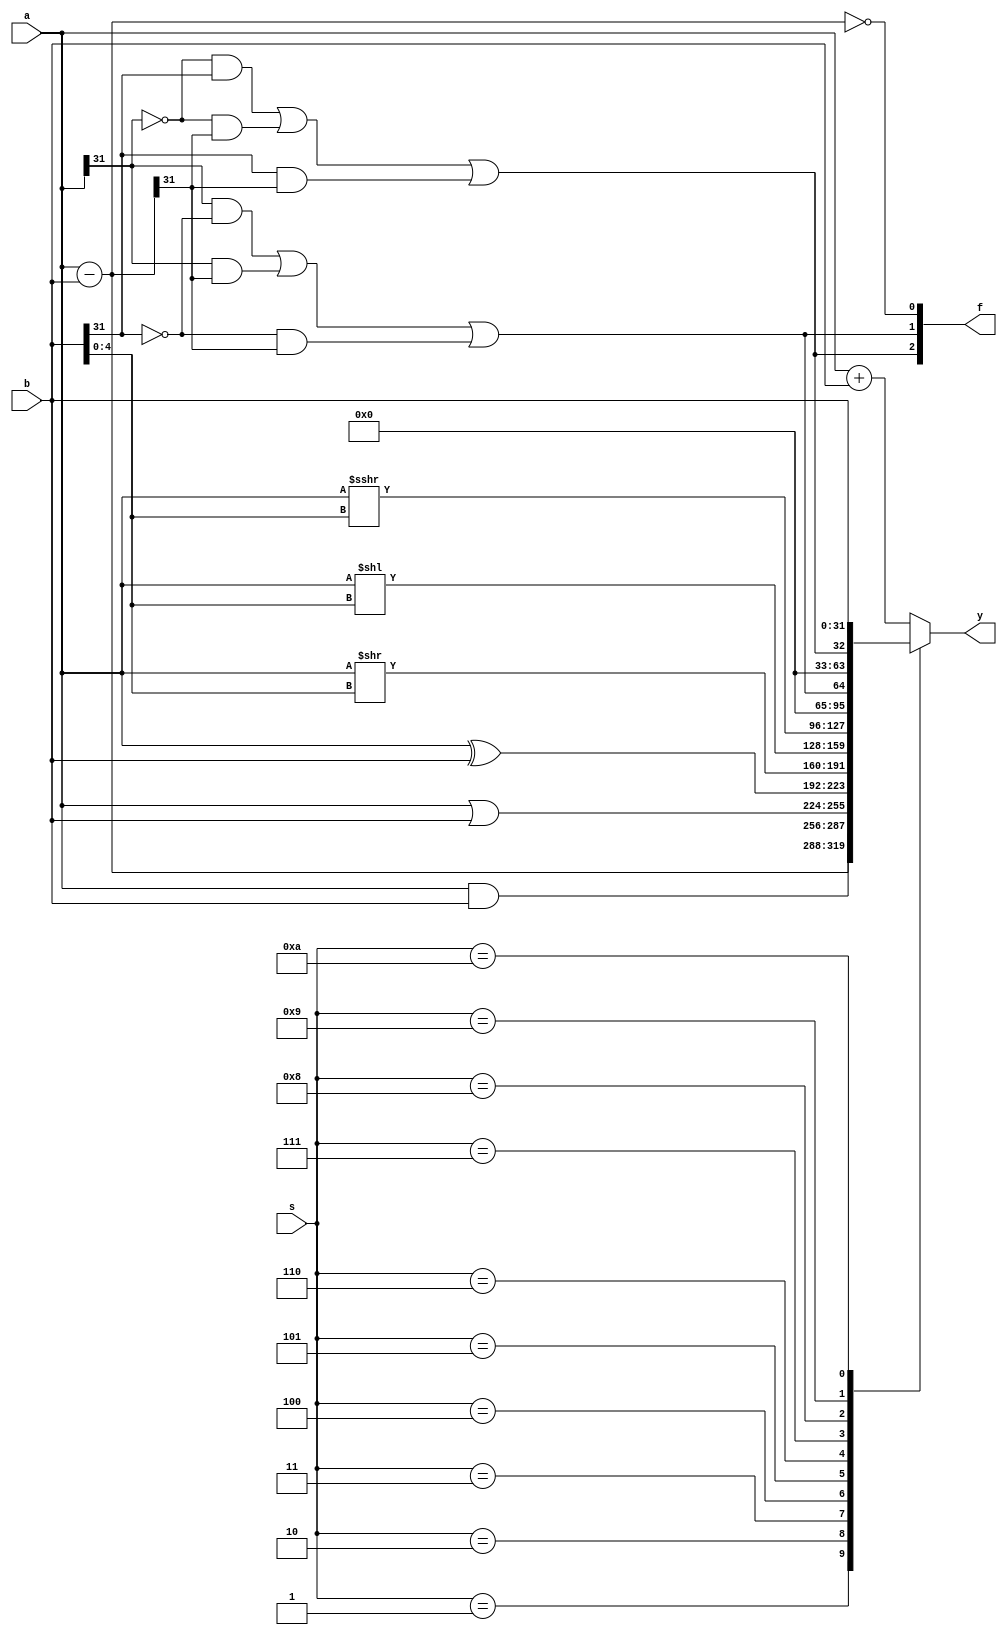
module alu #(
        parameter AW = 5,
        parameter DW = 32)
    (input [DW - 1: 0] a,
     input [DW - 1: 0] b,       // 
     input [3: 0] s,            // 
     output reg [DW - 1: 0] y,  // 
     output [2: 0] f);          // 

    // 
    wire [DW - 1: 0] a_minus_b = a - b;
    wire a_s = a[DW - 1];
    wire b_s = b[DW - 1];
    wire y_s = a_minus_b[DW - 1];

    // 
    wire [AW - 1: 0] b_shift = b[AW - 1: 0];

    // 
    wire less_signed   = (a_s & ~b_s) | (a_s & y_s) | (~b_s & y_s);
    wire less_unsigned = (~a_s & b_s) | (~a_s & y_s) | (b_s & y_s);
    assign f = {less_unsigned, less_signed, (a_minus_b == 0)};

    always @(*) begin
        case (s)
            4'b0001:
                y = a_minus_b;
            4'b0010:
                y = a & b;
            4'b0011:
                y = a | b;
            4'b0100:
                y = a ^ b;
            4'b0101:
                y = a >> b_shift;
            4'b0110:
                y = a << b_shift;
            4'b0111:
                y = ($signed(a)) >>> b_shift;       // signed
            4'b1000:
                y = {31'b0, f[1]};
            4'b1001:
                y = {31'b0, f[2]};
            4'b1010:
                y = b;
            default:
                y = a + b;
        endcase
    end

endmodule